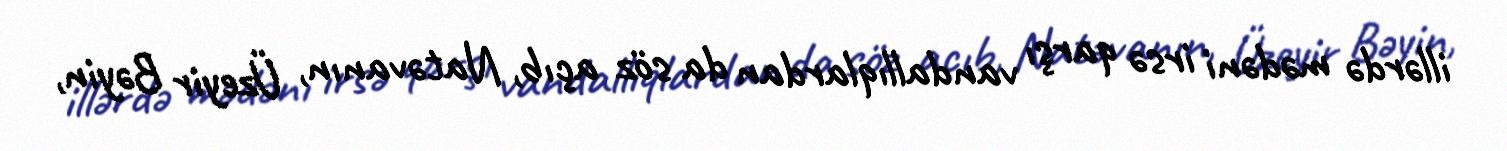
illərdə mədəni irsə qarşı vandallıqlardan da söz açıb, Natəvanın, Üzeyir Bəyin,